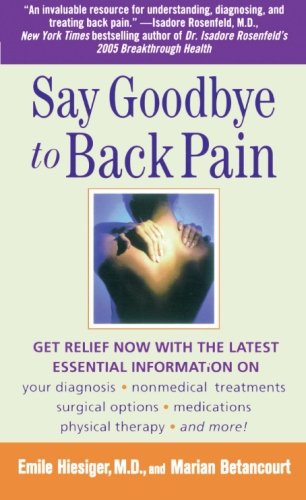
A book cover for Say Goodbye to Back Pain; Marian Betancourt; Health, Fitness & Dieting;